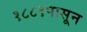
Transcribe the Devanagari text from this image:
१८८१पासून